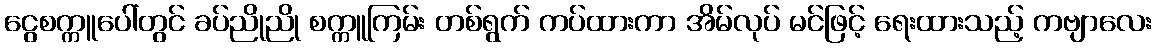
ငွေစက္ကူပေါ်တွင် ခပ်ညိုညို စက္ကူကြမ်း တစ်ရွက် ကပ်ထားကာ အိမ်လုပ် မင်ဖြင့် ရေးထားသည့် ကဗျာလေး